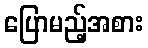
ပြောမည့်အစား